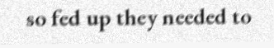
so fed up they needed to